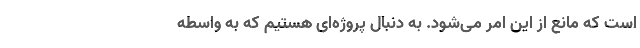
است که مانع از این امر می‌شود. به دنبال پروژه‌ای هستیم که به واسطه